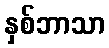
နှစ်ဘာသာ